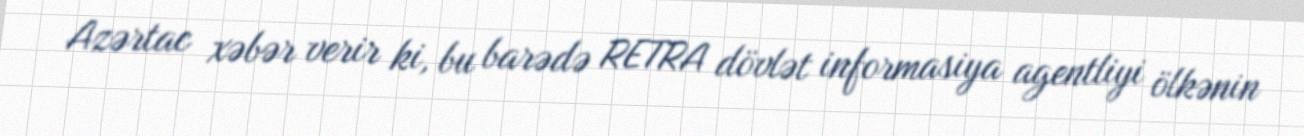
Azərtac xəbər verir ki, bu barədə RETRA dövlət informasiya agentliyi ölkənin